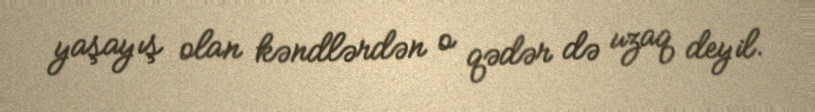
yaşayış olan kəndlərdən o qədər də uzaq deyil.